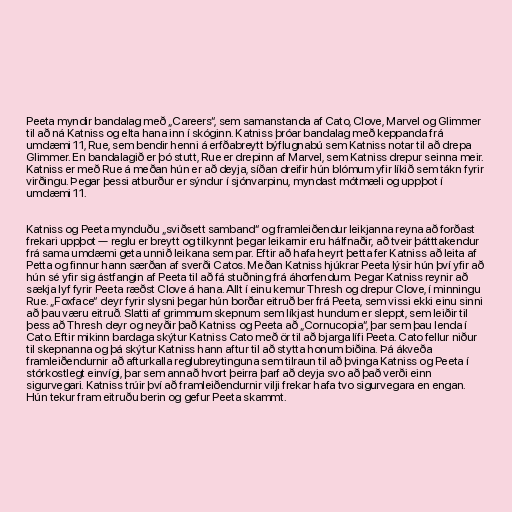
Peeta myndir bandalag með „Careers“, sem samanstanda af Cato, Clove, Marvel og Glimmer
til að ná Katniss og elta hana inn í skóginn. Katniss þróar bandalag með keppanda frá
umdæmi 11, Rue, sem bendir henni á erfðabreytt býflugnabú sem Katniss notar til að drepa
Glimmer. En bandalagið er þó stutt, Rue er drepinn af Marvel, sem Katniss drepur seinna meir.
Katniss er með Rue á meðan hún er að deyja, síðan dreifir hún blómum yfir líkið sem tákn fyrir
virðingu. Þegar þessi atburður er sýndur í sjónvarpinu, myndast mótmæli og uppþot í
umdæmi 11.

Katniss og Peeta mynduðu „sviðsett samband“ og framleiðendur leikjanna reyna að forðast
frekari uppþot — reglu er breytt og tilkynnt þegar leikarnir eru hálfnaðir, að tveir þátttakendur
frá sama umdæmi geta unnið leikana sem par. Eftir að hafa heyrt þetta fer Katniss að leita af
Petta og finnur hann særðan af sverði Catos. Meðan Katniss hjúkrar Peeta lýsir hún því yfir að
hún sé yfir sig ástfangin af Peeta til að fá stuðning frá áhorfendum. Þegar Katniss reynir að
sækja lyf fyrir Peeta ræðst Clove á hana. Allt í einu kemur Thresh og drepur Clove, í minningu
Rue. „Foxface“ deyr fyrir slysni þegar hún borðar eitruð ber frá Peeta, sem vissi ekki einu sinni
að þau væru eitruð. Slatti af grimmum skepnum sem líkjast hundum er sleppt, sem leiðir til
þess að Thresh deyr og neyðir það Katniss og Peeta að „Cornucopia“, þar sem þau lenda í
Cato. Eftir mikinn bardaga skýtur Katniss Cato með ör til að bjarga lífi Peeta. Cato fellur niður
til skepnanna og þá skýtur Katniss hann aftur til að stytta honum biðina. Þá ákveða
framleiðendurnir að afturkalla reglubreytinguna sem tilraun til að þvinga Katniss og Peeta í
stórkostlegt einvígi, þar sem annað hvort þeirra þarf að deyja svo að það verði einn
sigurvegari. Katniss trúir því að framleiðendurnir vilji frekar hafa tvo sigurvegara en engan.
Hún tekur fram eitruðu berin og gefur Peeta skammt.